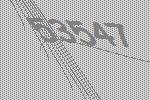
53547